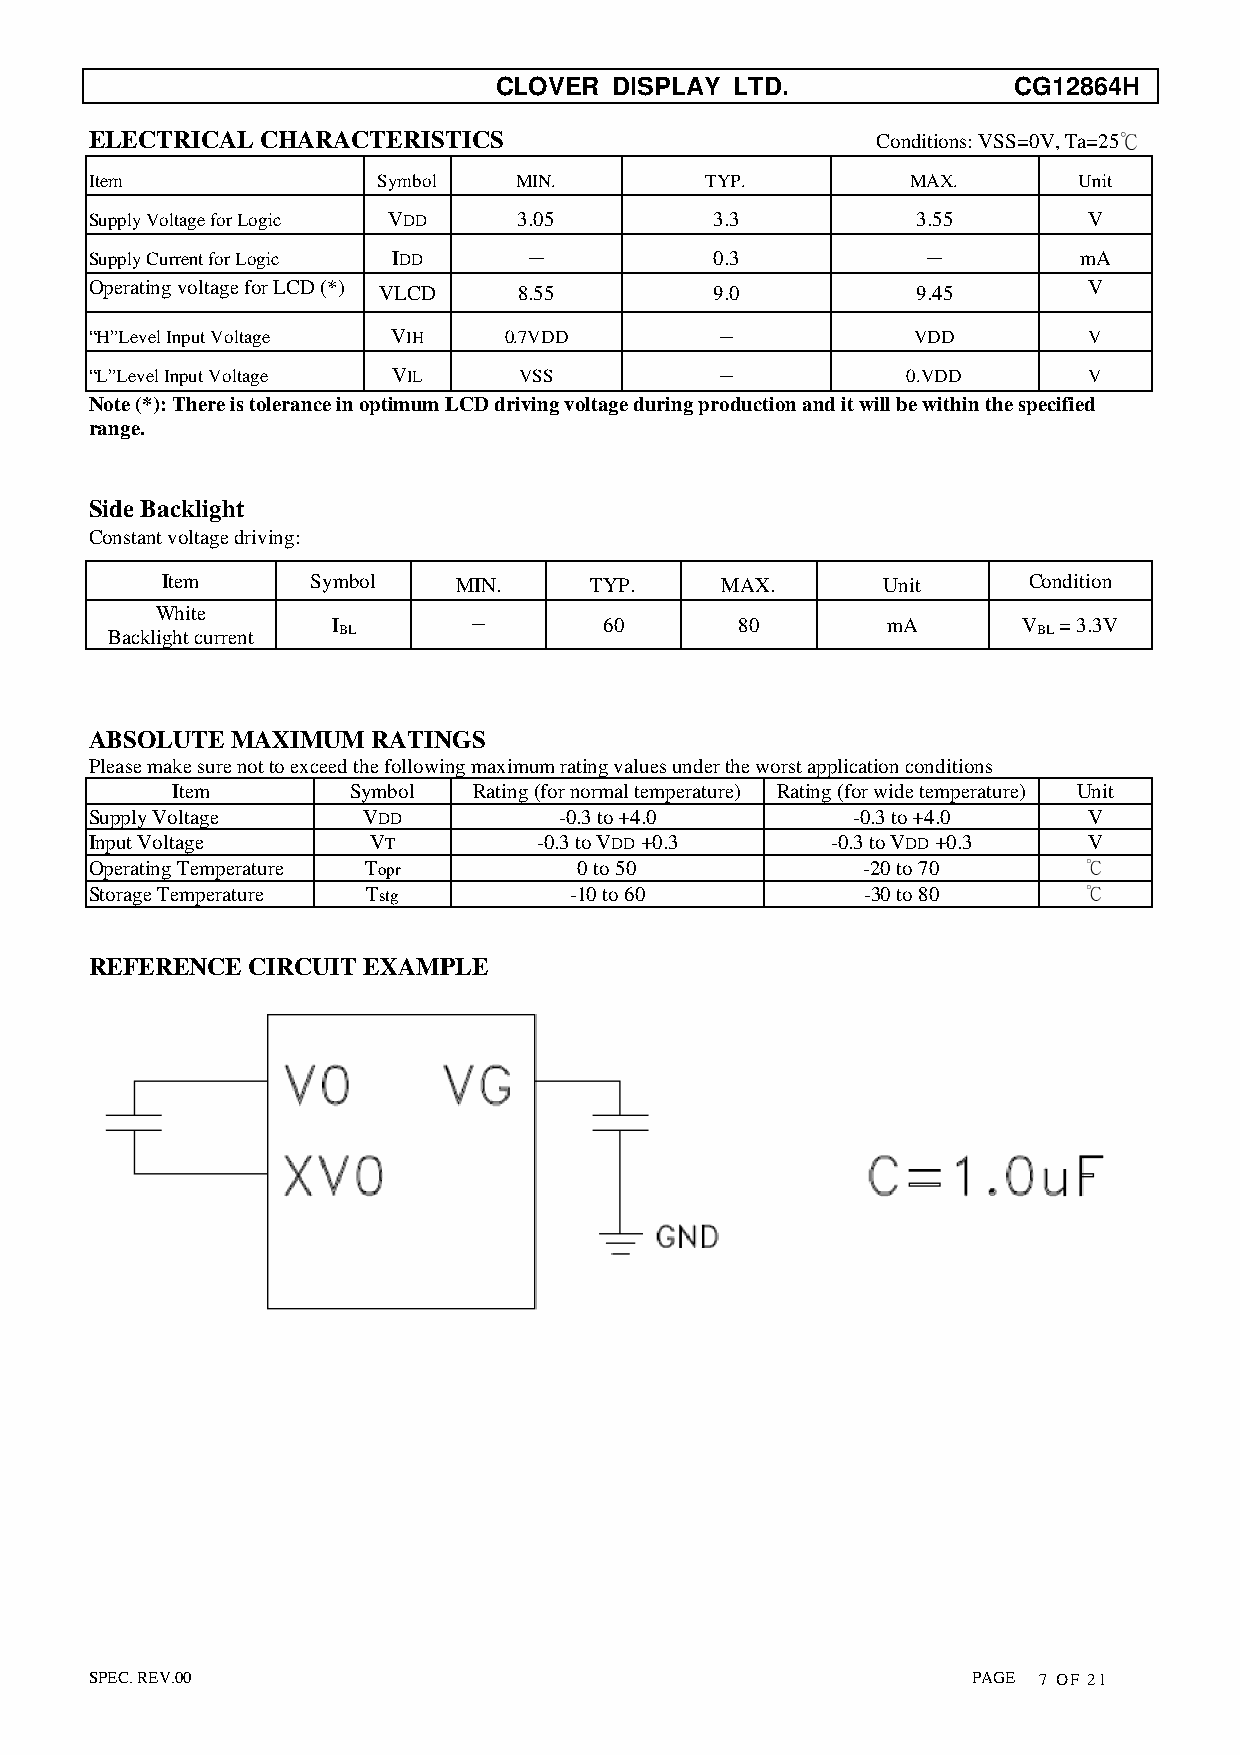
CLOVER  DISPLAY LTD.              CG12864H
 ELECTRICAL CHARACTERISTICS                          Conditions: VSS=0V, Ta=25℃
 Item               Symbol   MIN.         TYP.         MAX.       Unit
 Supply Voltage for Logic VDD 3.05        3.3           3.55       V
 Supply Current for Logic IDD －           0.3           －         mA
 Operating voltage for LCD (*)                                     V
 VLCD     8.55         9.0           9.45
 “H”Level Input Voltage VIH 0.7VDD        －             VDD        V
 “L”Level Input Voltage VIL  VSS          －            0.VDD       V
 Note (*): There is tolerance in optimum LCD driving voltage during production and it will be within the specified
 range.
 Side Backlight
 Constant voltage driving:
 Item      Symbol   MIN.     TYP.     MAX.       Unit     Condition
 White
 I        －        60       80        mA       V = 3.3V
 Backlight current BL                                          BL
 ABSOLUTE MAXIMUM   RATINGS
 Please make sure not to exceed the following maximum rating values under the worst application conditions
 Item        Symbol  Rating (for normal temperature) Rating (for wide temperature) Unit
 Supply Voltage    VDD          -0.3 to +4.0       -0.3 to +4.0    V
 Input Voltage     VT          -0.3 to VDD +0.3   -0.3 to VDD +0.3 V
 Operating Temperature Topr      0 to 50            -20 to 70      ℃
 Storage Temperature Tstg        -10 to 60          -30 to 80      ℃
 REFERENCE  CIRCUIT EXAMPLE
 SPEC. REV.00                                              PAGE 7 OF 21